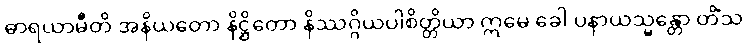
ဓာရယာမီတိ အနိယတော နိဋ္ဌိတော နိဿဂ္ဂိယပါစိတ္တိယာ ဣမေ ခေါ ပနာယသ္မန္တော တိံသ